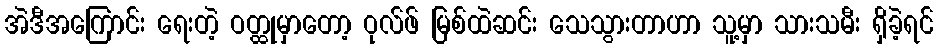
အဲဒီအကြောင်း ရေးတဲ့ ဝတ္ထုမှာတော့ ဝုလ်ဖ် မြစ်ထဲဆင်း သေသွားတာဟာ သူ့မှာ သားသမီး ရှိခဲ့ရင်